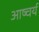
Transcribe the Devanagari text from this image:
आष्चर्य